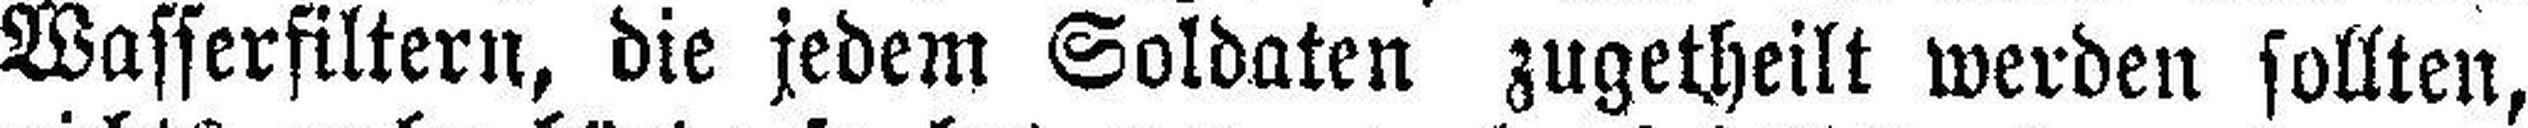
Wasserfiltern, die jedem Soldaten zugetheilt werden sollten,